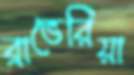
ব্রাভেরিয়া